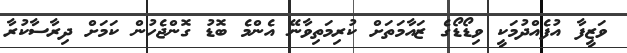
ވަޒީފާ އުފެއްދުމަކީ ވިޑޯޑޯގެ ޒައާމަތަށް ކުރިމަތިވާނޭ އެންމެ ބޮޑު ގޮންޖެހުން ކަމަށް ދިރާސާކުރާ